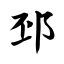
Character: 邳